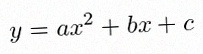
y=ax^2+bx+c